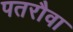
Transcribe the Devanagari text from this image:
पतरौवा